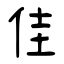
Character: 佳